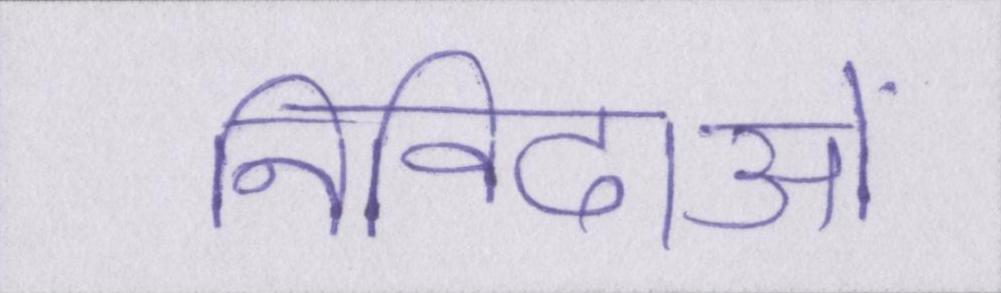
निविदाओं